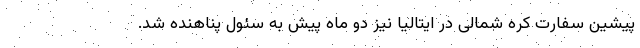
پیشین سفارت کره شمالی در ایتالیا نیز دو ماه پیش به سئول پناهنده شد.